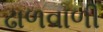
ઢાળવાળી